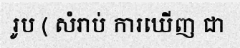
រូប ( សំរាប់ ការឃើញ ជា